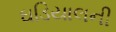
ઘડિયાલની